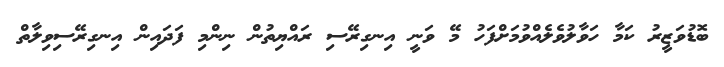
ބޮޑުވަޒީރު ކަމާ ހަވާލުވެލެއްވުމަށްފަހު މޭ ވަނީ އިނގިރޭސި ރައްޔިތުން ނިންމި ފަދައިން އިނގިރޭސިވިލާތް